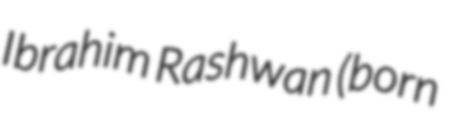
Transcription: Ibrahim Rashwan (born